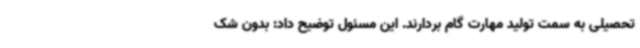
تحصیلی به سمت تولید مهارت گام بردارند. این مسئول توضیح داد: بدون شک